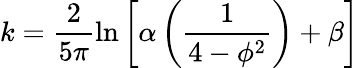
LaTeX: k=\frac{2}{5\pi}\ln{\left[\alpha\left(\frac{1}{4-\phi^{2}}\right)+\beta\right]}